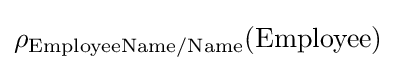
\rho _{\text{EmployeeName/Name}}({\text{Employee}})